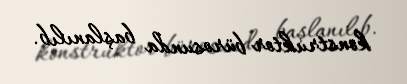
konstruktor bürosunda başlanılıb.